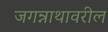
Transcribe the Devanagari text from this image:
जगन्नाथावरील